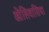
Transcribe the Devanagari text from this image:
ओलिवासिया